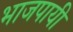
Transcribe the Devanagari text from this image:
भाजपायी